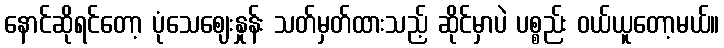
နောင်ဆိုရင်တော့ ပုံသေဈေးနှုန်း သတ်မှတ်ထားသည့် ဆိုင်မှာပဲ ပစ္စည်း ဝယ်ယူတော့မယ်။